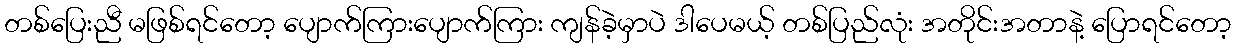
တစ်ပြေးညီ မဖြစ်ရင်တော့ ပျောက်ကြားပျောက်ကြား ကျန်ခဲ့မှာပဲ ဒါပေမယ့် တစ်ပြည်လုံး အတိုင်းအတာနဲ့ ပြောရင်တော့